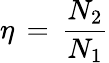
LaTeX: \eta\, =\, \frac{N_{2}}{N_{1}}